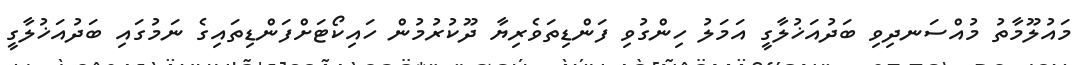
މައުލޫމާތު މުއްސަނދިވި ބަދުއަޚުލާގީ އަމަލު ހިންގުވި ފަންޑިތަވެރިޔާ ދޫކުރުމުން ހައިކޯޓަށްފަންޑިތައިގެ ނަމުގައި ބަދުއަޚުލާގީ